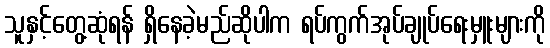
သူနှင့်တွေ့ဆုံရန် ရှိနေခဲ့မည်ဆိုပါက ရပ်ကွက်အုပ်ချုပ်ရေးမှူးများကို